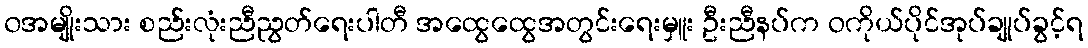
၀အမျိုးသား စည်းလုံးညီညွတ်ရေးပါတီ အထွေထွေအတွင်းရေးမှူး ဦးညီနပ်က ဝကိုယ်ပိုင်အုပ်ချုပ်ခွင့်ရ